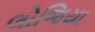
લોજિયા